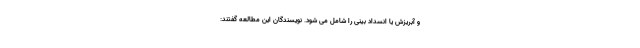
و آبریزش یا انسداد بینی را شامل می شود. نویسندگان این مطالعه گفتند: